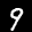
Label: 9